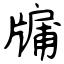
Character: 牖